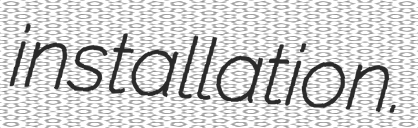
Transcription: installation.